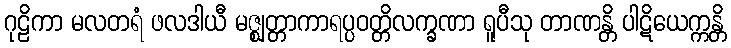
ဂုဠိကာ မလတရံ ဖလဒါယီ မဇ္ဈတ္တာကာရပ္ပဝတ္တိလက္ခဏာ ရူပီသု တာဏန္တိ ပါဋိယေက္ကန္တိ